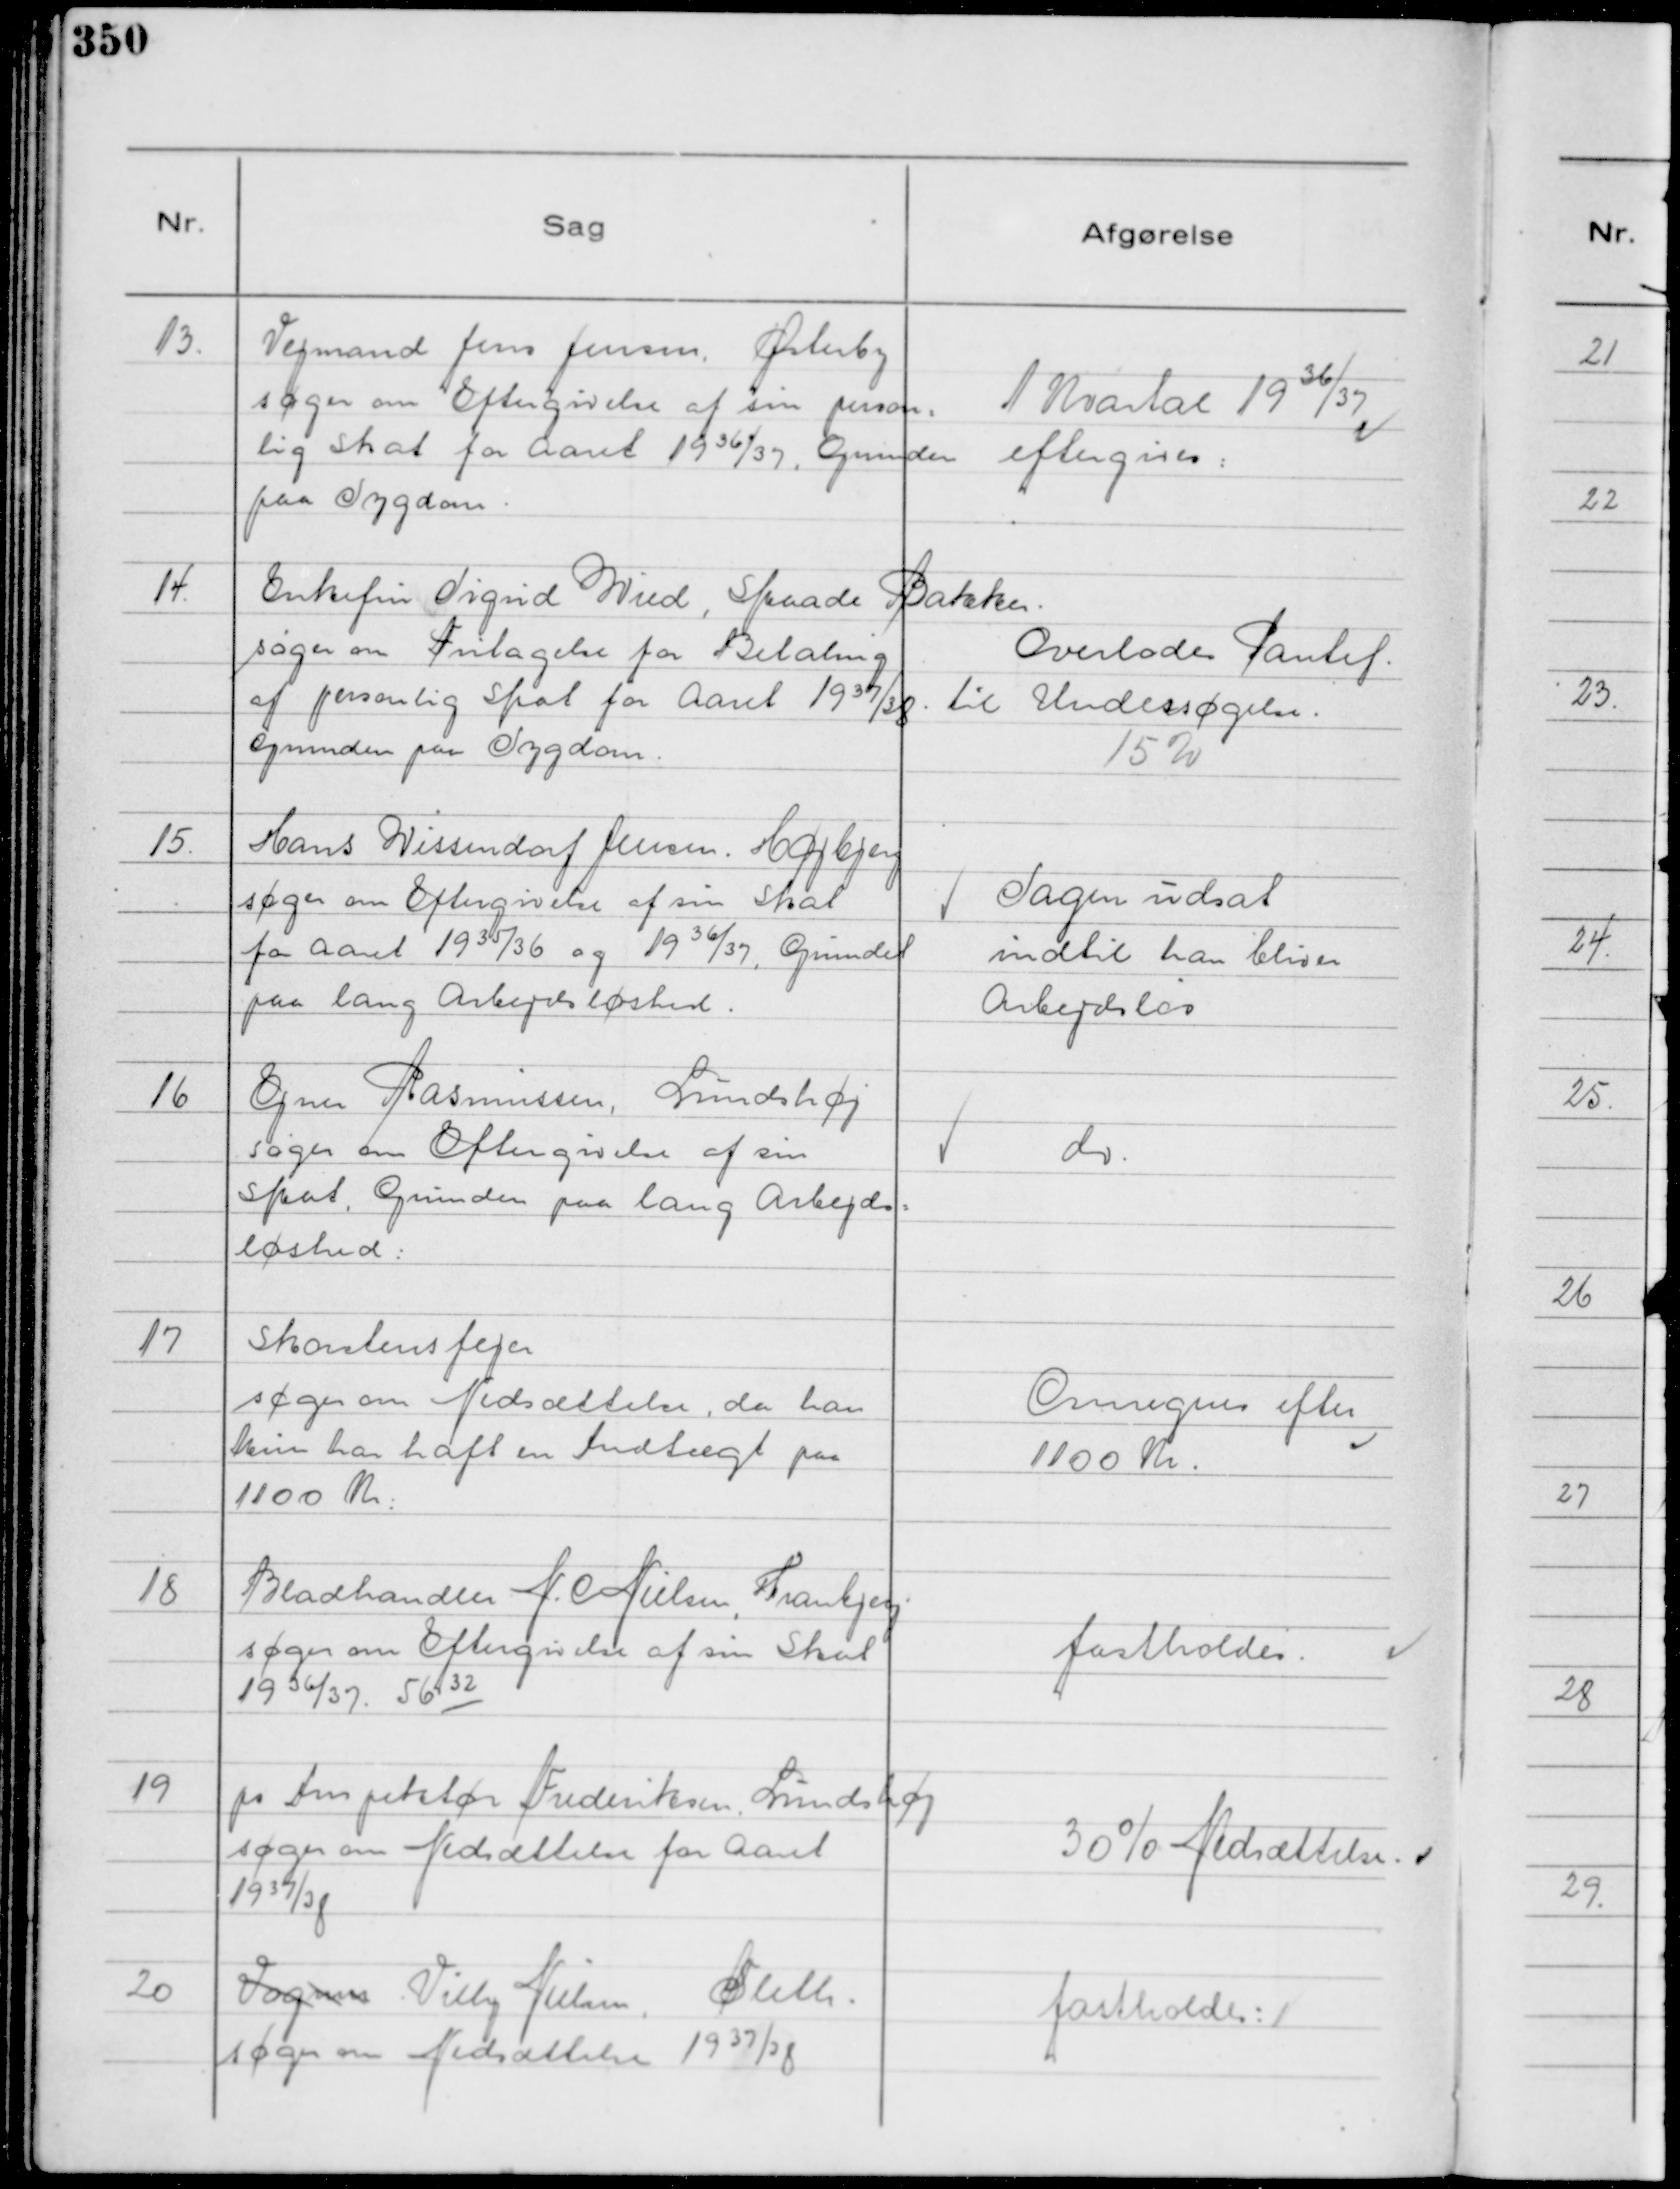
Transskription:
13.
Vejmand Jens Jensen, Østerby
søger om Eftergivelse af sin person=
lig Skat for Aaret 19 36/37. Grunden
paa Sygdom.

1 Kvartal 1936/37


eftergives:

14.
Enkefru Sigrid Wied, Skaade Bakker.
søger om Fritagelse for Betaling
af personlig Skat for Aaret 1937/38
Grunden paa Sygdom.

Overlodes Pantef.
til Undersøgelse.
15%

15.
Hans Wissendorf Jensen, Højbjerg
søger om Eftergivelse af sin Skat
for Aaret 1935/36 og 1936/37, Grundet
paa lang Arbejdsløshed.

Sagen udsat
indtil han bliver
Arbejdsløs

16
Ejner Rasmussen, Lundshøj
søger om Eftergivelse af sin
Skat, Grunden paa lang Arbejds=
løshed:

do.

17
Skorstensfejer
søger om Nedsættelse, da han
kun har haft en Indtægt paa
1100 Kr:

Omregnes efter
1100 Kr.

18
Bladhandler N. Nielsen, Tranbjerg
søger om Eftergivelse af sin Skat
19366/37. 56 32

fastholdes.

19
ps Inspektør Frederiksen Lundshøj
søger om Nedsættelse for Aaret
1937/38

30% Nedsættelse.

20
Vognm Villy Nielsen.
Sleth.
søger om Nedsættelse 1937/38

fastholdes: